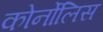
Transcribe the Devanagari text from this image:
कोर्नोलिस